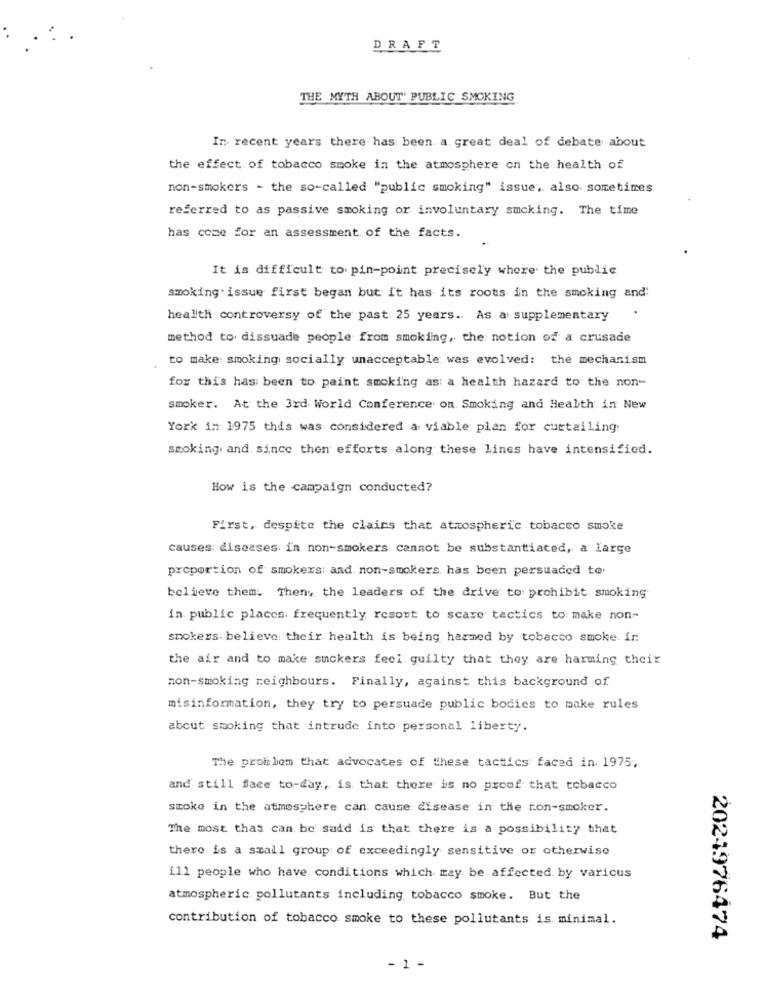
DRAFT
THE MYTH ABOUT' PUBLIC SMOKING
In recent years there has been. a. great deal of debate about
the effect of tobacco smoke in the atmosphere on the health of
non-smokers - the so-called "public smoking" issue, also. sometimes
referred to as passive smoking or involuntary smoking. The time
has come for an assessment of the facts.
It is difficult to pin-point precisely where the public
smoking issue first began but it has its roots in the smoking and'
health controversy of the past 25 years .. As a: supplementary
method to dissuade people from smoking, the notion of a crusade
to make: smoking socially unacceptable was evolved: the mechanism
for this has been to paint smoking as: a health hazard to the non-
smoker. At the 3rd World Conference on Smoking and Health in New
York 1: 1975 this was considered a viable plan for curtailing:
smoking and. since then efforts along these lines have intensificd.
How is the campaign conducted?
First, despite the claims that atmospheric tobacco smoke
causes: diseases in non-smokers cannot be substantiated, a large
proportion of smokexs: and non-smokers, has been persuaded to.
believe them. Then the leaders of the drive to prohibit smoking
in public places. frequently resout to scare tactics to make non-
smokers. believe their health is being harmed by tobacco smoke ir
the air and to make suckers feel guilty that they are harming theix
non-smoking neighbours. Finally, against this background of
misinformation, they try to persuade public bodies to make rules
about smoking that intrude into personal liberty.
The problem that advocates of these tactics faced in. 1975,
and still face to-day, is that there is no proof that tobacco
stoke in the atmosphere can cause disease in the ron-smoker.
The most thas can be said is that there is a possibility that
there is a small group of exceedingly sensitive or otherwise
ill people who have. conditions which may be affected. by varicus
atmospheric. pollutants including tobacco smoke. But the
contribution of tobacco smoke to these pollutants is minimal.
2021976474
- 1